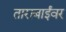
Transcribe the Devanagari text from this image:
ताराबाईंवर